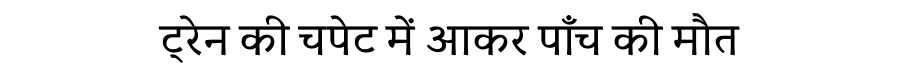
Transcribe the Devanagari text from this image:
ट्रेन की चपेट में आकर पाँच की मौत